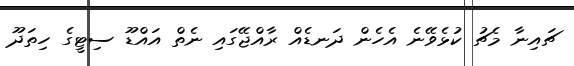
ޗައިނާ މެޗު ކުޅެވޭނެ އެހެން ދަނޑެއް ރާއްޖޭގައި ނެތް އައްޑޫ ސިޓީގެ ހިތަދޫ